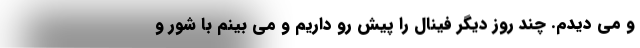
و می دیدم. چند روز دیگر فینال را پیش رو داریم و می بینم با شور و